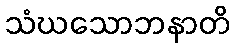
သံဃသောဘနာတိ